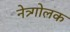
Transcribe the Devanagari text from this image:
नेत्र्गोलक